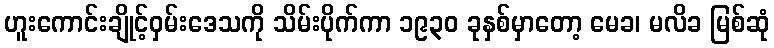
ဟူးကောင်းချိုင့်ဝှမ်းဒေသကို သိမ်းပိုက်ကာ ၁၉၃၀ ခုနှစ်မှာတော့ မေခ၊ မလိခ မြစ်ဆုံ